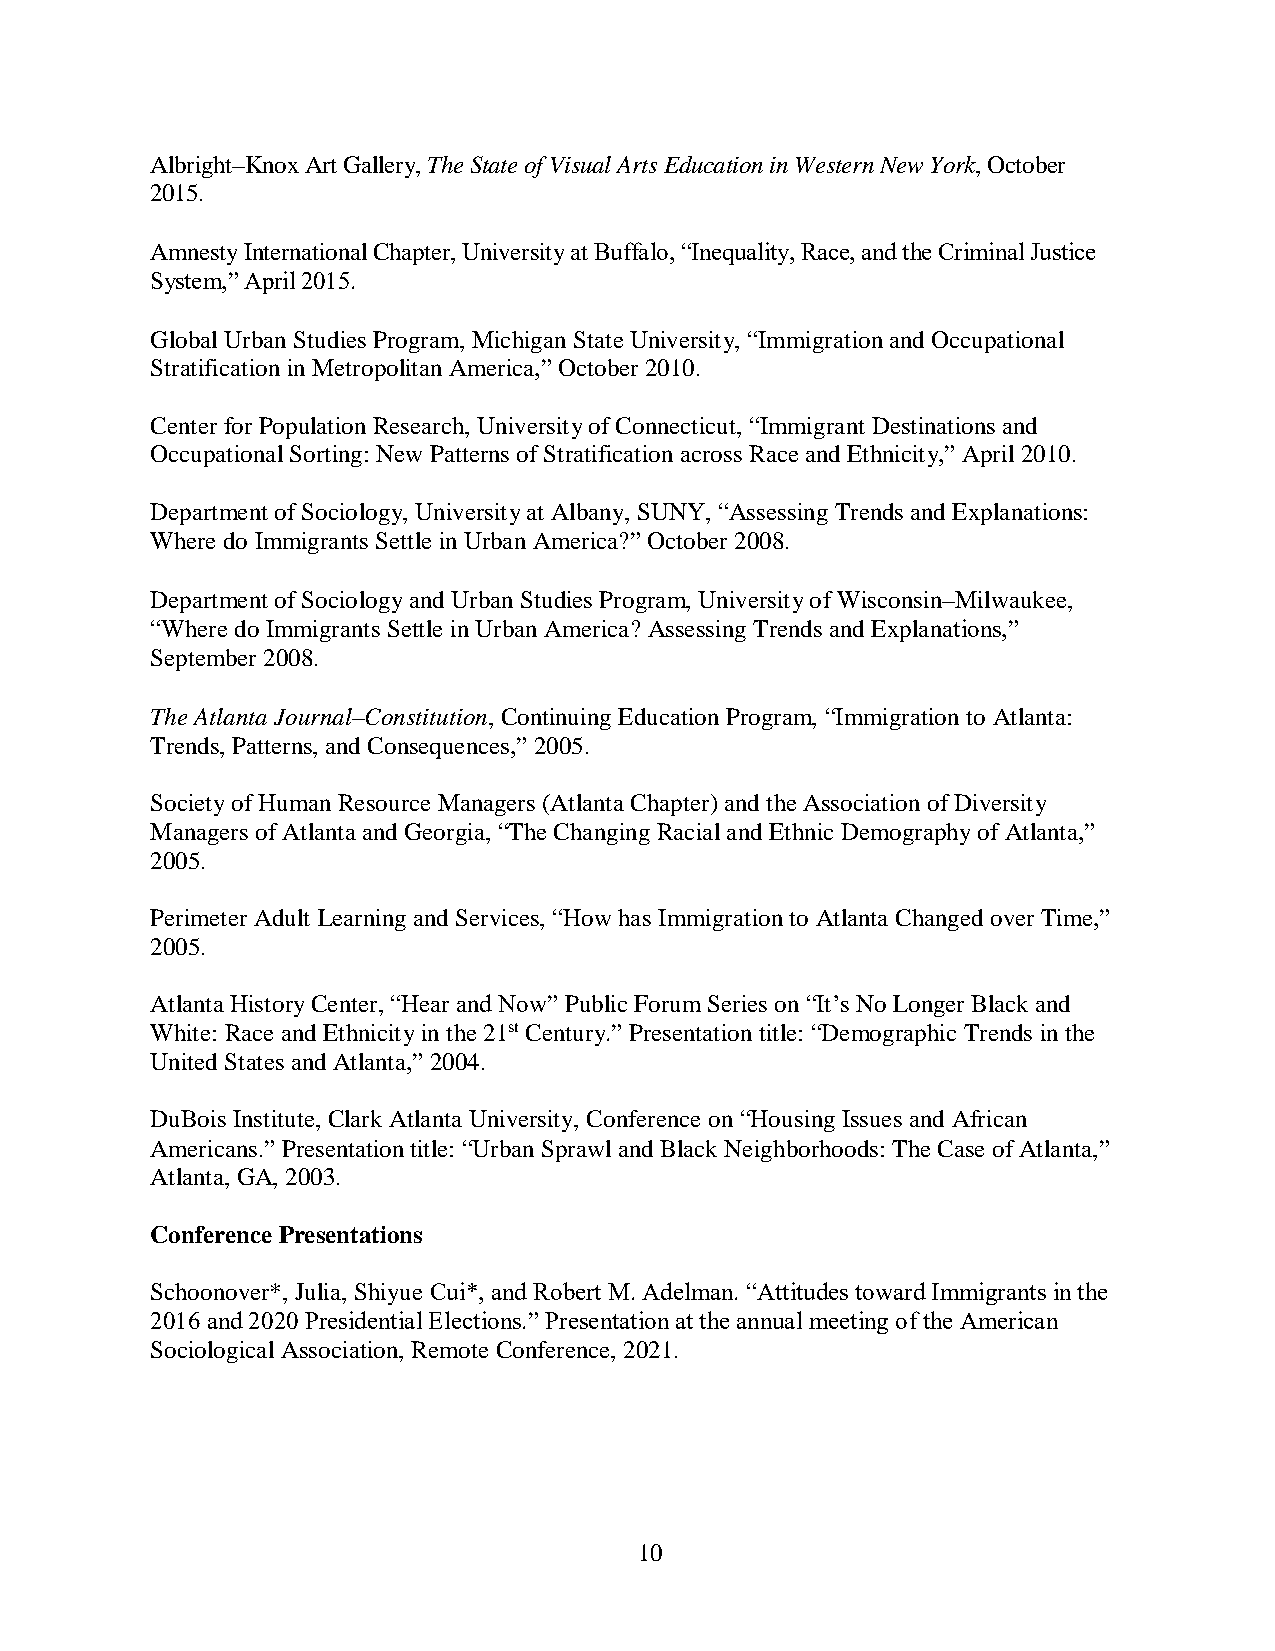
Albright–Knox Art Gallery, The State of Visual Arts Education in Western New York, October
 2015.
 Amnesty International Chapter, University at Buffalo, “Inequality, Race, and the Criminal Justice
 System,” April 2015.
 Global Urban Studies Program, Michigan State University, “Immigration and Occupational
 Stratification in Metropolitan America,” October 2010.
 Center for Population Research, University of Connecticut, “Immigrant Destinations and
 Occupational Sorting: New Patterns of Stratification across Race and Ethnicity,” April 2010.
 Department of Sociology, University at Albany, SUNY, “Assessing Trends and Explanations:
 Where do Immigrants Settle in Urban America?” October 2008.
 Department of Sociology and Urban Studies Program, University of Wisconsin–Milwaukee,
 “Where do Immigrants Settle in Urban America? Assessing Trends and Explanations,”
 September 2008.
 The Atlanta Journal–Constitution, Continuing Education Program, “Immigration to Atlanta:
 Trends, Patterns, and Consequences,” 2005.
 Society of Human Resource Managers (Atlanta Chapter) and the Association of Diversity
 Managers of Atlanta and Georgia, “The Changing Racial and Ethnic Demography of Atlanta,”
 2005.
 Perimeter Adult Learning and Services, “How has Immigration to Atlanta Changed over Time,”
 2005.
 Atlanta History Center, “Hear and Now” Public Forum Series on “It’s No Longer Black and
 White: Race and Ethnicity in the 21st Century.” Presentation title: “Demographic Trends in the
 United States and Atlanta,” 2004.
 DuBois Institute, Clark Atlanta University, Conference on “Housing Issues and African
 Americans.” Presentation title: “Urban Sprawl and Black Neighborhoods: The Case of Atlanta,”
 Atlanta, GA, 2003.
 Conference Presentations
 Schoonover*, Julia, Shiyue Cui*, and Robert M. Adelman. “Attitudes toward Immigrants in the
 2016 and 2020 Presidential Elections.” Presentation at the annual meeting of the American
 Sociological Association, Remote Conference, 2021.
 10